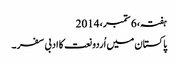
ہفتہ، 6 ستمبر، 2014
پاکستان میں اُردو نعت کا ادبی سفر ۔